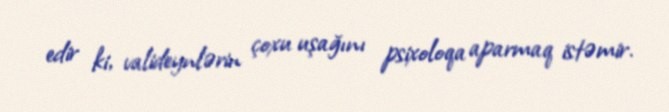
edir ki, valideynlərin çoxu uşağını psixoloqa aparmaq istəmir.